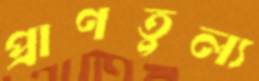
প্রাণতুল্য